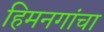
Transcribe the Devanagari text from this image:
हिमनगांचा